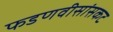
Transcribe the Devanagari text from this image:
फडणवीसांसकट